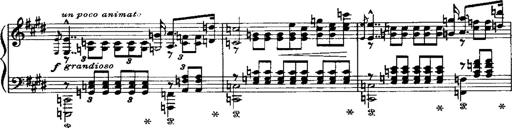
Title: LiebestrÃ¤ume
Composer: Franz Behr
Key: E-flat major